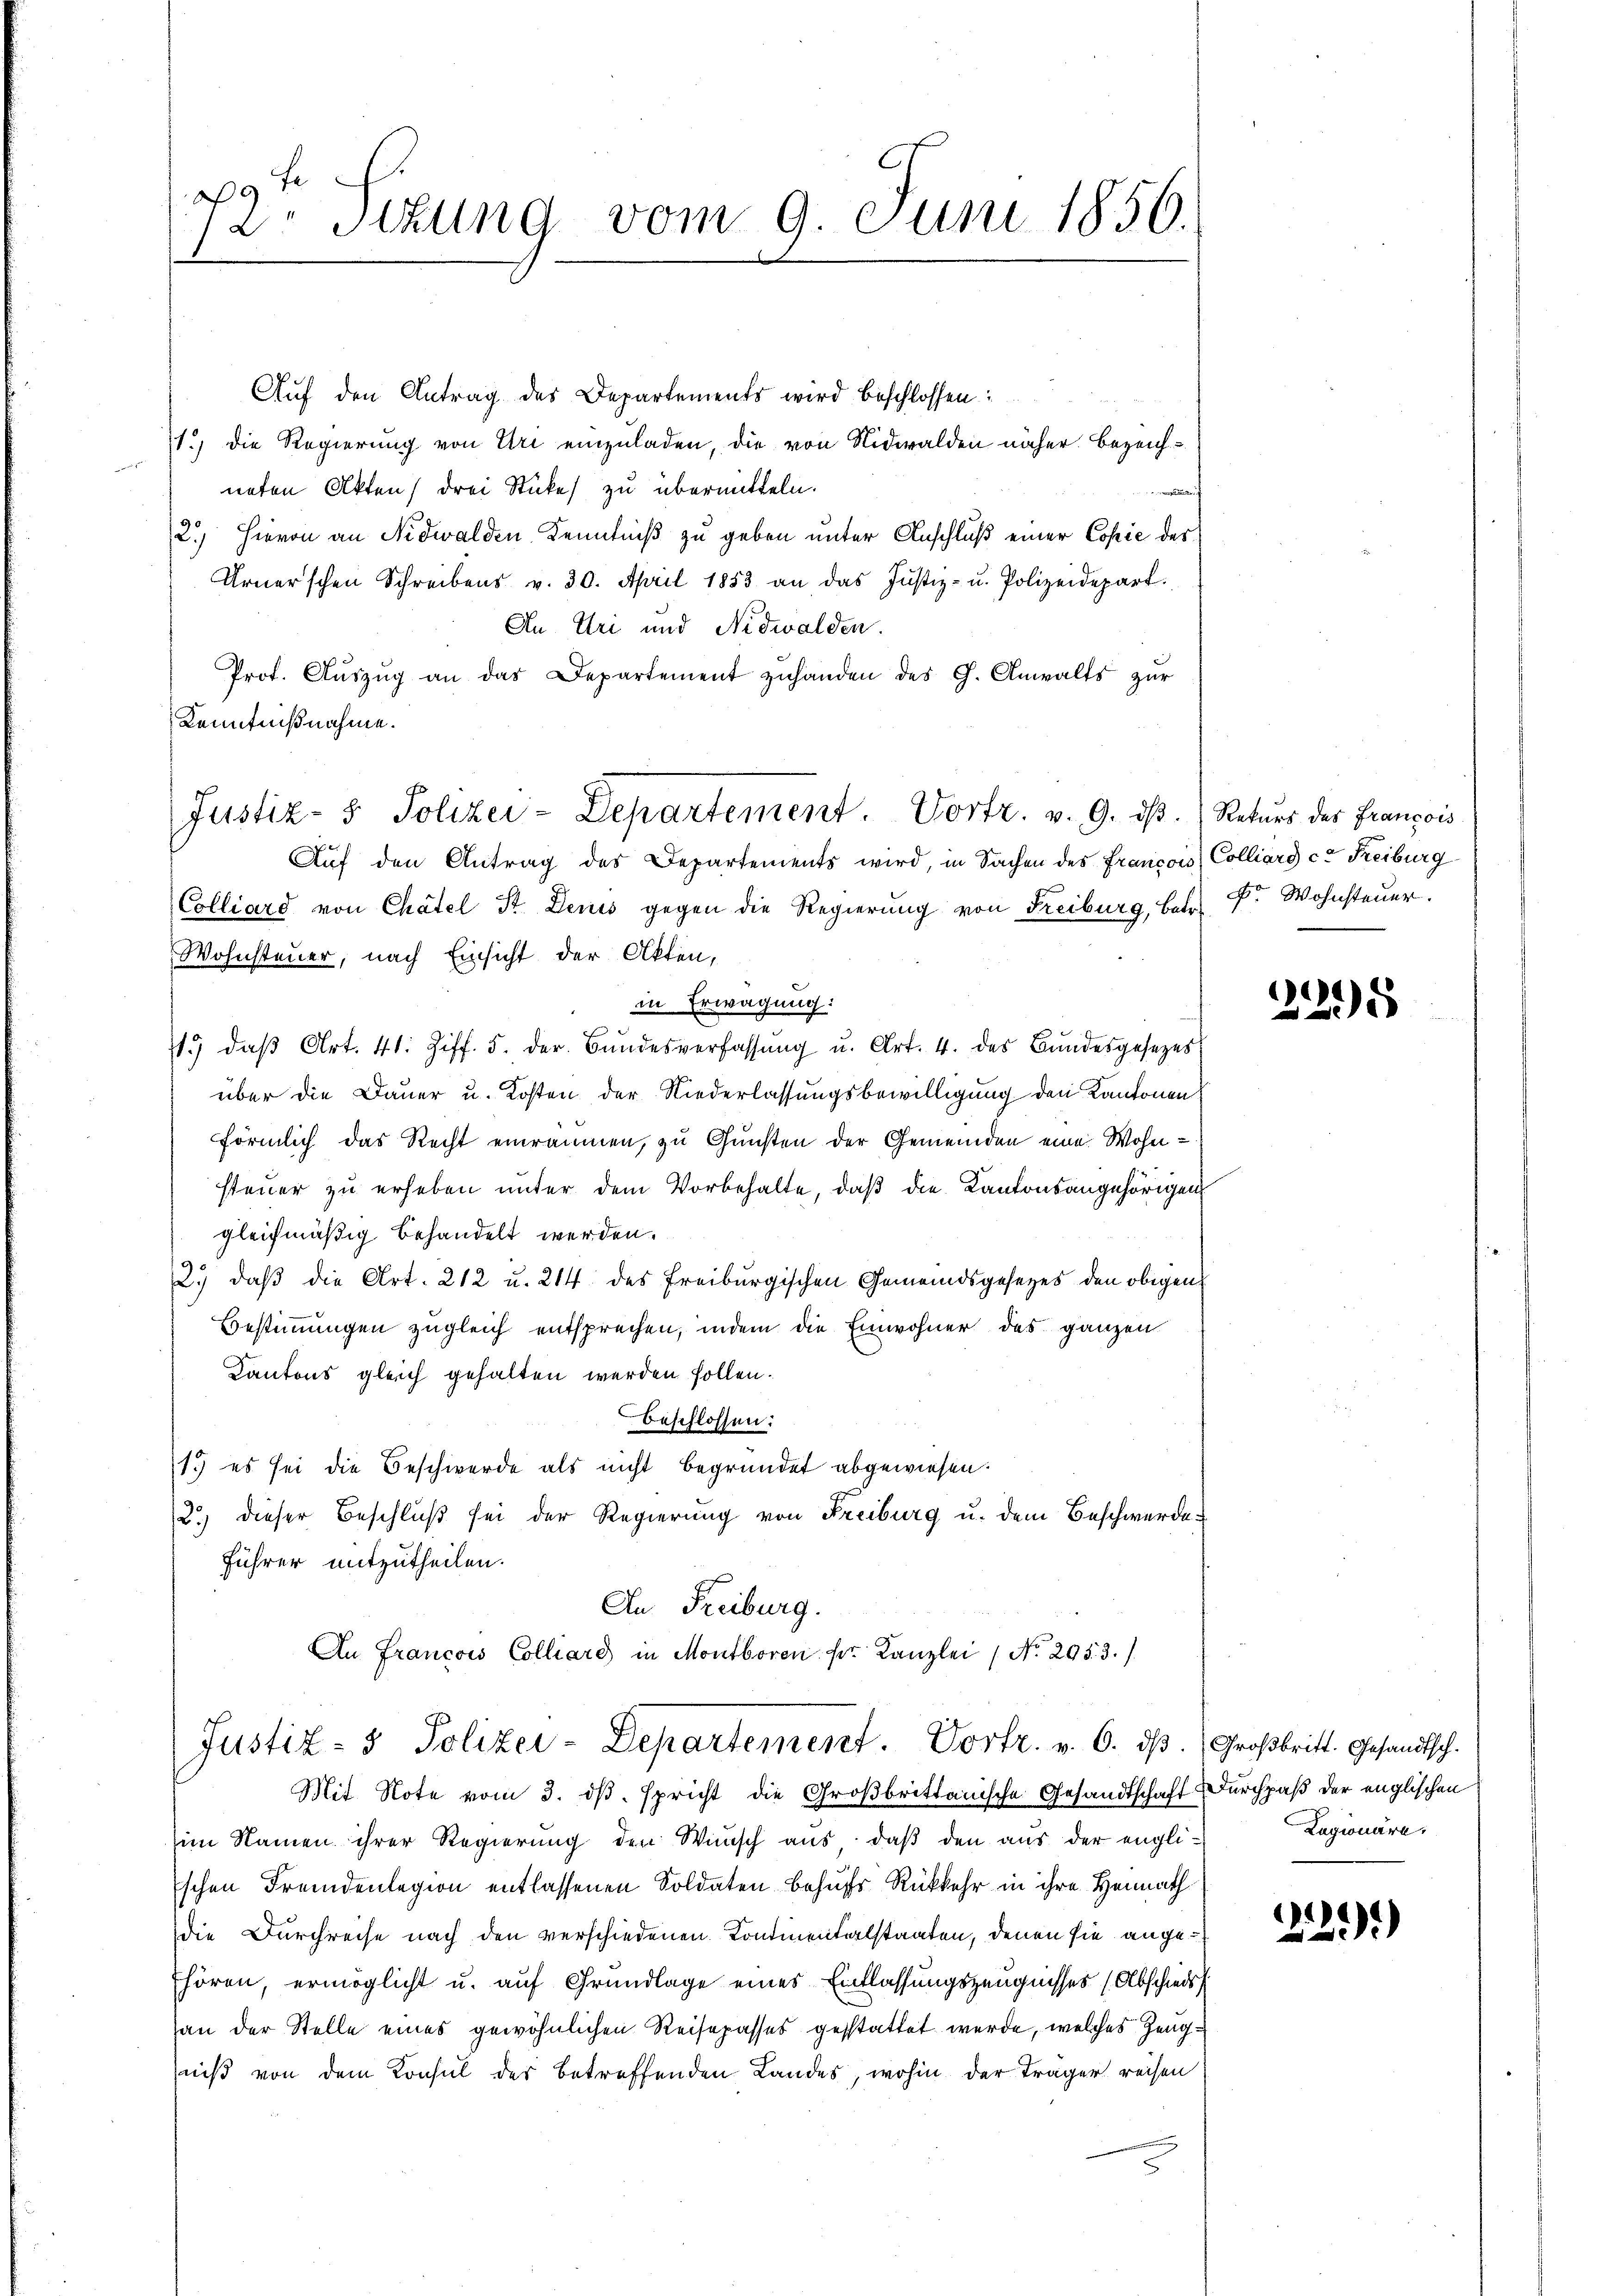
x
12. Sekung vom 9. Juni 1850.

Auf den Antrag des Departements wird beschlossen:
1.) Die Regierung von Uri einzuladen, die von Nidwalden näher Bezeich-
neten Akten drei Stücke zu übermitteln.
a
2.) Hievon an Nidwalden Kenntniß zu geben unter Anschluß einer Copie der
Urner’schen Schreibens v. 30. April 1883 an das Justiz- u. Polizeidepart
An Uri und Nidwalden.
Prof. Aŭszŭg an das Departement zŭhanden des C. Anwalts zŭr
Kenntnißnahme.
Aŭf den Antrag des Departements wird, in Sachen des Francois, Colliarg ca Freiburg
Colliard von Chatel Sr. Denis gegen die Regierung von Freiburg, betr. Dr. Wohnsteuer.
Wohnsteuer, nach Einsicht der Akten,
in Erwägung:
1.) daβ Art. 41. Ziff. 5. der Bŭndesverfassŭng u. Art. 4. des Bundesgesezes
über die Dauer u. Kosten der Niederlassungsbewilligung den Kantonen
förmlich das Recht einräumen, zu Gunsten der Gemeinden eine Wohnsteuer zu erheben unter dem Vorbehalte, daß die Kantonsangehörigen
gleichmäßig behandelt werden.
2.) daß die Art. 212 u. 214 des Freiburgischen Gemeindsgesetzes den obigens
Bestimmungen zugleich entsprechen, indem die Einwohner des ganzen
Kantons gleich gehalten werden sollen.
beschlossen:
1.) es sei die Beschwerde als nicht begründet abgewiesen.
2.) dieser Beschluß sei der Regierung von Freiburg u. dem Beschwerde¬
Führer mitzutheilen.
An Freiburg.

Justiz- & Polizei-Departement. Vortr. v. 9. dβ. (Returs der Francois

An Francois Colliare in Montboren fr. Kanzlei ( No. 295. 3./.
Justiz- & Polizei-Departement. Dorfr. v. 6. dβ. Großbritt. Gesandtsch.

Mit Note vom 3. dβ. spricht die Großbrittanische Gesandtschaft Durchpaß der englischen
im Namen ihrer Regierung den Wunsch aus, daβ den aus der englischen Fremdenlegion entlassenen Soldaten behufs Rückkehr in ihre Heimath
die Durchreise nach den verschiedenen Kontientelstaaten, denen sie ange¬
Ehören, ermöglicht u. auf Grundlage eines Einlassungszeugnisses (Abschieds
an der Stelle eines gewöhnlichen Reisepasses gestattet werde, welches Zeugniß von dem Konsul der betreffenden Landes, wohin der Träger reisen

¬
228

Lagionäre.

22)